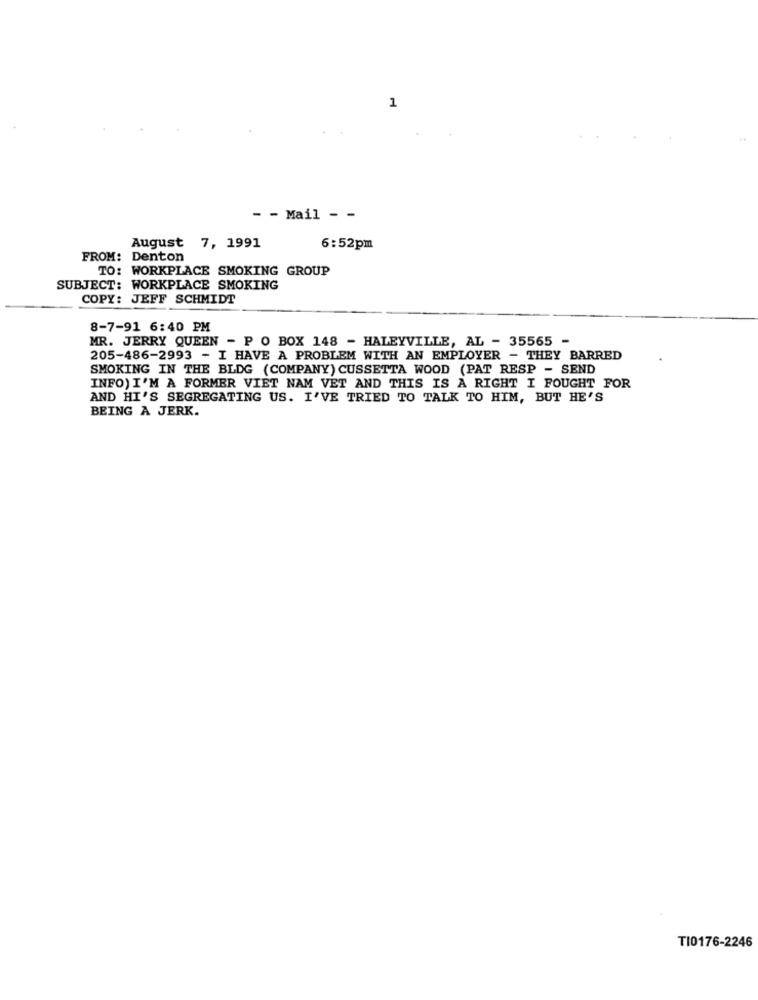
1
- - Mail - -
August 7, 1991
6:52pm
FROM: Denton
TO: WORKPLACE SMOKING GROUP
SUBJECT: WORKPLACE SMOKING
COPY: JEFF SCHMIDT
8-7-91 6:40 PM
MR. JERRY QUEEN - P O BOX 148 - HALEYVILLE, AL - 35565 -
205-486-2993 - I HAVE A PROBLEM WITH AN EMPLOYER - THEY BARRED
SMOKING IN THE BLDG (COMPANY) CUSSETTA WOOD (PAT RESP - SEND
INFO) I'M A FORMER VIET NAM VET AND THIS IS A RIGHT I FOUGHT FOR
AND HI'S SEGREGATING US. I'VE TRIED TO TALK TO HIM, BUT HE'S
BEING A JERK.
TI0176-2246